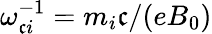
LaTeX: \omega_{\mathfrak{c}i}^{-1}=m_{i}\mathfrak{c}/(eB_{0})